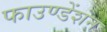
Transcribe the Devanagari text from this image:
फाउण्डेंशन